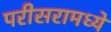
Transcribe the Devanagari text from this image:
परीसरामध्ये